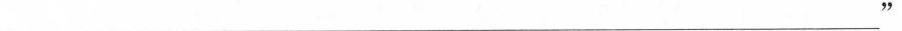
___”